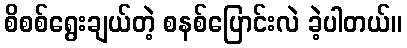
စိစစ်ရွေးချယ်တဲ့ စနစ်ပြောင်းလဲ ခဲ့ပါတယ်။